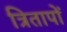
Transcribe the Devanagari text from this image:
त्रितापों